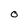
Character: 0